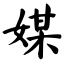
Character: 媒